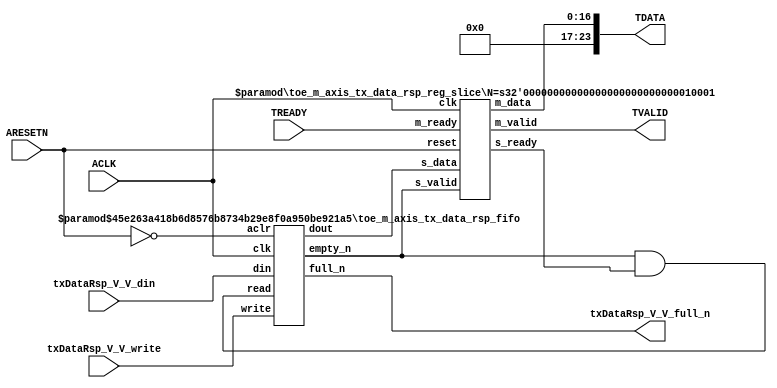
// ==============================================================
// File generated by Vivado(TM) HLS - High-Level Synthesis from C, C++ and SystemC
// Version: 2015.1
// Copyright (C) 2015 Xilinx Inc. All rights reserved.
// 
// ==============================================================


`timescale 1ns/1ps

module toe_m_axis_tx_data_rsp_if (
    // AXI4-Stream singals
    input  wire        ACLK,
    input  wire        ARESETN,
    output wire        TVALID,
    input  wire        TREADY,
    output wire [23:0] TDATA,
    // User signals
    input  wire [16:0] txDataRsp_V_V_din,
    output wire        txDataRsp_V_V_full_n,
    input  wire        txDataRsp_V_V_write
);
//------------------------Local signal-------------------
// FIFO
wire [0:0]  fifo_read;
wire [0:0]  fifo_empty_n;
wire [16:0] txDataRsp_V_V_dout;
wire [0:0]  txDataRsp_V_V_empty_n;
// register slice
wire [0:0]  s_valid;
wire [0:0]  s_ready;
wire [16:0] s_data;
wire [0:0]  m_valid;
wire [0:0]  m_ready;
wire [16:0] m_data;

//------------------------Instantiation------------------
// rs
toe_m_axis_tx_data_rsp_reg_slice #(
    .N       ( 17 )
) rs (
    .clk     ( ACLK ),
    .reset   ( ARESETN ),
    .s_data  ( s_data ),
    .s_valid ( s_valid ),
    .s_ready ( s_ready ),
    .m_data  ( m_data ),
    .m_valid ( m_valid ),
    .m_ready ( m_ready )
);

// txDataRsp_V_V_fifo
toe_m_axis_tx_data_rsp_fifo #(
    .DATA_BITS  ( 17 ),
    .DEPTH_BITS ( 4 )
) txDataRsp_V_V_fifo (
    .clk        ( ACLK ),
    .aclr       ( ~ARESETN ),
    .empty_n    ( txDataRsp_V_V_empty_n ),
    .full_n     ( txDataRsp_V_V_full_n ),
    .read       ( fifo_read ),
    .write      ( txDataRsp_V_V_write ),
    .dout       ( txDataRsp_V_V_dout ),
    .din        ( txDataRsp_V_V_din )
);

//------------------------Body---------------------------
//++++++++++++++++++++++++AXI4-Stream++++++++++++++++++++
assign TVALID = m_valid;
assign TDATA  = m_data[16:0];

//+++++++++++++++++++++++++++++++++++++++++++++++++++++++

//++++++++++++++++++++++++Reigister Slice++++++++++++++++
assign s_valid = fifo_empty_n;
assign m_ready = TREADY;
assign s_data  = {txDataRsp_V_V_dout};

//+++++++++++++++++++++++++++++++++++++++++++++++++++++++

//++++++++++++++++++++++++FIFO+++++++++++++++++++++++++++
assign fifo_read    = fifo_empty_n & s_ready;
assign fifo_empty_n = txDataRsp_V_V_empty_n;

//+++++++++++++++++++++++++++++++++++++++++++++++++++++++

endmodule



`timescale 1ns/1ps

module toe_m_axis_tx_data_rsp_fifo
#(parameter
    DATA_BITS  = 8,
    DEPTH_BITS = 4
)(
    input  wire                 clk,
    input  wire                 aclr,
    output wire                 empty_n,
    output wire                 full_n,
    input  wire                 read,
    input  wire                 write,
    output wire [DATA_BITS-1:0] dout,
    input  wire [DATA_BITS-1:0] din
);
//------------------------Parameter----------------------
localparam
    DEPTH = 1 << DEPTH_BITS;
//------------------------Local signal-------------------
reg                   empty;
reg                   full;
reg  [DEPTH_BITS-1:0] index;
reg  [DATA_BITS-1:0]  mem[0:DEPTH-1];
//------------------------Body---------------------------
assign empty_n = ~empty;
assign full_n  = ~full;
assign dout    = mem[index];

// empty
always @(posedge clk or posedge aclr) begin
    if (aclr)
        empty <= 1'b1;
    else if (empty & write & ~read)
        empty <= 1'b0;
    else if (~empty & ~write & read & (index==1'b0))
        empty <= 1'b1;
end

// full
always @(posedge clk or posedge aclr) begin
    if (aclr)
        full <= 1'b0;
    else if (full & read & ~write)
        full <= 1'b0;
    else if (~full & ~read & write & (index==DEPTH-2'd2))
        full <= 1'b1;
end

// index
always @(posedge clk or posedge aclr) begin
    if (aclr)
        index <= {DEPTH_BITS{1'b1}};
    else if (~empty & ~write & read)
        index <= index - 1'b1;
    else if (~full & ~read & write)
        index <= index + 1'b1;
end

// mem
always @(posedge clk) begin
    if (~full & write) mem[0] <= din;
end

genvar i;
generate
    for (i = 1; i < DEPTH; i = i + 1) begin : gen_sr
        always @(posedge clk) begin
            if (~full & write) mem[i] <= mem[i-1];
        end
    end
endgenerate

endmodule

`timescale 1ns/1ps

module toe_m_axis_tx_data_rsp_reg_slice
#(parameter
    N = 8   // data width
) (
    // system signals
    input  wire         clk,
    input  wire         reset,
    // slave side
    input  wire [N-1:0] s_data,
    input  wire         s_valid,
    output wire         s_ready,
    // master side
    output wire [N-1:0] m_data,
    output wire         m_valid,
    input  wire         m_ready
);
//------------------------Parameter----------------------
// state
localparam [1:0]
    ZERO = 2'b10,
    ONE  = 2'b11,
    TWO  = 2'b01;
//------------------------Local signal-------------------
reg  [N-1:0] data_p1;
reg  [N-1:0] data_p2;
wire         load_p1;
wire         load_p2;
wire         load_p1_from_p2;
reg          s_ready_t;
reg  [1:0]   state;
reg  [1:0]   next;
//------------------------Body---------------------------
assign s_ready = s_ready_t;
assign m_data  = data_p1;
assign m_valid = state[0];

assign load_p1 = (state == ZERO && s_valid) ||
                 (state == ONE && s_valid && m_ready) ||
                 (state == TWO && m_ready);
assign load_p2 = s_valid & s_ready;
assign load_p1_from_p2 = (state == TWO);

// data_p1
always @(posedge clk) begin
    if (load_p1) begin
        if (load_p1_from_p2)
            data_p1 <= data_p2;
        else
            data_p1 <= s_data;
    end
end

// data_p2
always @(posedge clk) begin
    if (load_p2) data_p2 <= s_data;
end

// s_ready_t
always @(posedge clk) begin
    if (~reset)
        s_ready_t <= 1'b0;
    else if (state == ZERO)
        s_ready_t <= 1'b1;
    else if (state == ONE && next == TWO)
        s_ready_t <= 1'b0;
    else if (state == TWO && next == ONE)
        s_ready_t <= 1'b1;
end

// state
always @(posedge clk) begin
    if (~reset)
        state <= ZERO;
    else
        state <= next;
end

// next
always @(*) begin
    case (state)
        ZERO:
            if (s_valid & s_ready)
                next = ONE;
            else
                next = ZERO;
        ONE:
            if (~s_valid & m_ready)
                next = ZERO;
            else if (s_valid & ~m_ready)
                next = TWO;
            else
                next = ONE;
        TWO:
            if (m_ready)
                next = ONE;
            else
                next = TWO;
        default:
            next = ZERO;
    endcase
end

endmodule